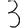
Digit: 3